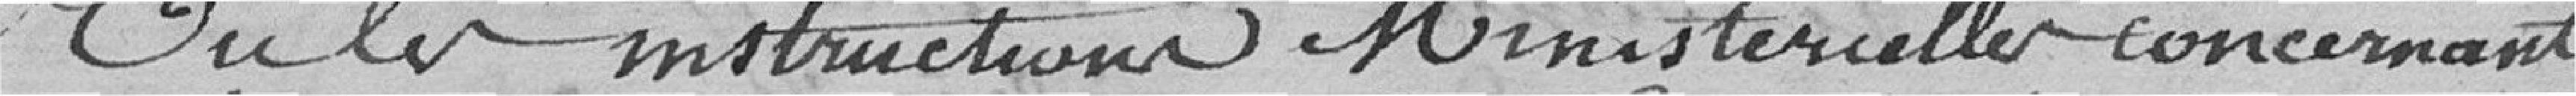
Vu les instructions ministérielles concernant